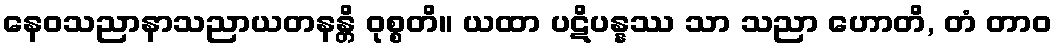
နေဝသညာနာသညာယတနန္တိ ဝုစ္စတိ။ ယထာ ပဋိပန္နဿ သာ သညာ ဟောတိ, တံ တာဝ